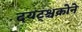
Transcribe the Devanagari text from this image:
दयट्श्चक्रोने